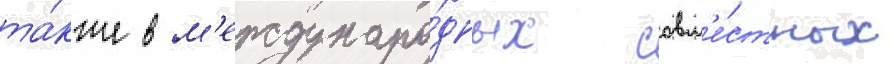
та́кже в м'еждунаро́дных совм'е́стных